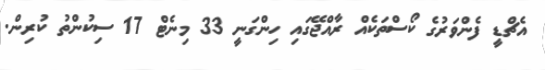
އެޗްޑީ ފެންވަރުގެ ކޯސްތަކެއް ރާއްޖޭގައި ހިންގަނީ 33 މިނެޓް 17 ސިކުންތު ކުރިން.